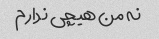
نه من هیچی ندارم